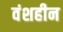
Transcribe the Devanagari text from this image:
वंशहीन